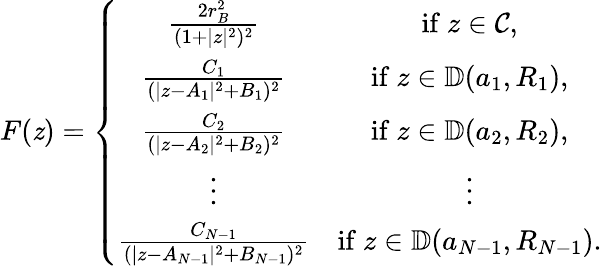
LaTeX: F(\mathit{z})=\left\{ \begin{array}{cc}{\frac{2r_{B}^{2}}{(1+|z|^{2})^{2}}}&{\mathrm{if}\ z\in\mathcal{C},}\\ {\frac{C_{1}}{(|z-A_{1}|^{2}+B_{1})^{2}}}&{\mathrm{if}\ z\in\mathbb{D}(a_{1},R_{1}),}\\ {\frac{C_{2}}{(|z-A_{2}|^{2}+B_{2})^{2}}}&{\mathrm{if}\ z\in\mathbb{D}(a_{2},R_{2}),}\\ {\vdots}&{\vdots}\\ {\frac{C_{N-1}}{(|z-A_{N-1}|^{2}+B_{N-1})^{2}}}&{\mathrm{if}\ z\in\mathbb{D}(a_{N-1},R_{N-1}).}\end{array}\right.